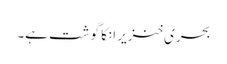
بحری خنزیر انکا گوشت ہے۔